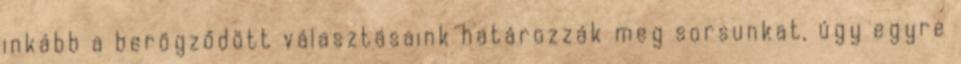
inkább a berögződött választásaink határozzák meg sorsunkat, úgy egyre